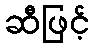
ဆီဖြင့်